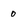
Character: 0